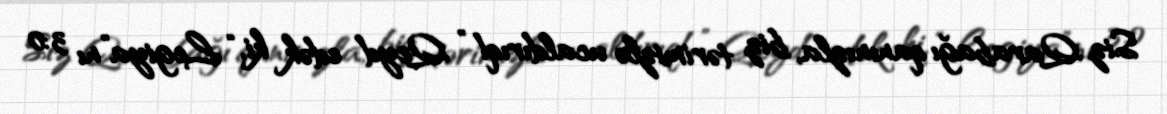
Siz Qarabağı qanınızla, biz tərimizlə ucaldırıq!” Qeyd edək ki, “Legiya”nı 3:0